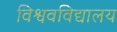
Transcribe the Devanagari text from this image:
विश्ववविद्यालय